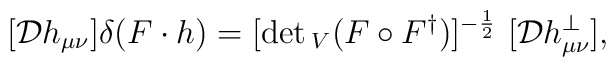
[{\cal D}h_{\mu \nu}] \delta (F \cdot h) = [\det{}_V (F\circ F^{\dag})]^{-{1\over 2}} \ [{\cal D}h^{\perp}_{\mu \nu}],